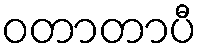
ဝတာတာပီ